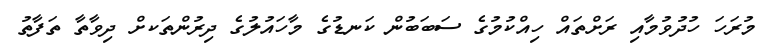
މުރަހަ ހުދުވުމާއި ރަށްތައް ހިއްކުމުގެ ސަބަބުން ކަނޑުގެ މާހައުލުގެ ދިރުންތަކށް ދިވާތާ ތަފާތު